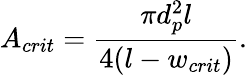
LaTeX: A_{crit}=\frac{\pi d_{p}^{2}l}{4(l-w_{crit})}.